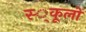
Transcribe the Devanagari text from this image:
स्‍्कूलों